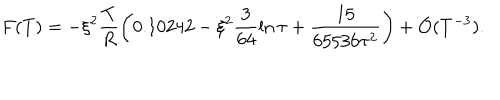
F ( T ) = - \xi ^ { 2 } \frac { T } { R } \left( 0 . 1 0 2 4 2 - \xi ^ { 2 } \frac { 3 } { 6 4 } \ln \tau + \frac { 1 5 } { 6 5 5 3 6 \tau ^ { 2 } } \right) + { \cal O } ( T ^ { - 3 } ) .